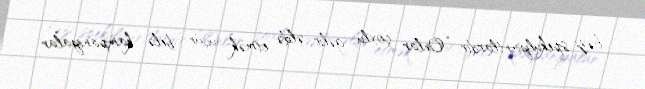
bəzi spekulyantlardır: “Onlar çoxlu gəlir əldə etmək üçün belə kampaniyalar